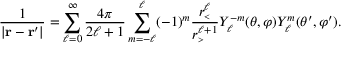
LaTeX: { \frac { 1 } { | \mathbf { r } - \mathbf { r } ^ { \prime } | } } = \sum _ { \ell = 0 } ^ { \infty } { \frac { 4 \pi } { 2 \ell + 1 } } \sum _ { m = - \ell } ^ { \ell } ( - 1 ) ^ { m } { \frac { r _ { \scriptscriptstyle < } ^ { \ell } } { r _ { \scriptscriptstyle > } ^ { \ell + 1 } } } Y _ { \ell } ^ { - m } ( \theta , \varphi ) Y _ { \ell } ^ { m } ( \theta ^ { \prime } , \varphi ^ { \prime } ) .